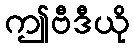
ဤဗီဒီယို